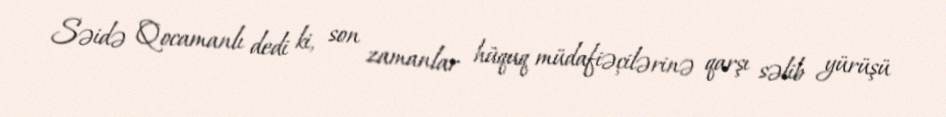
Səidə Qocamanlı dedi ki, son zamanlar hüquq müdafiəçilərinə qarşı səlib yürüşü